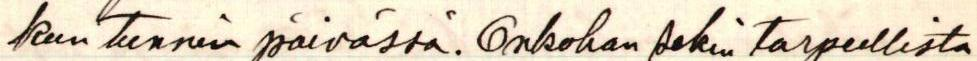
kun tunnin päivässä. Onkohan sekin tarpeellista